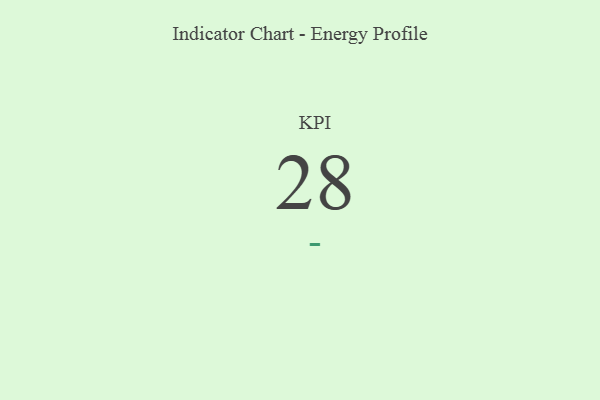
{"axis": {"x": "KPI", "y": "Value"}, "legend": [""], "data": [{"x": "KPI", "y": 28, "type": ""}]}